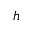
h